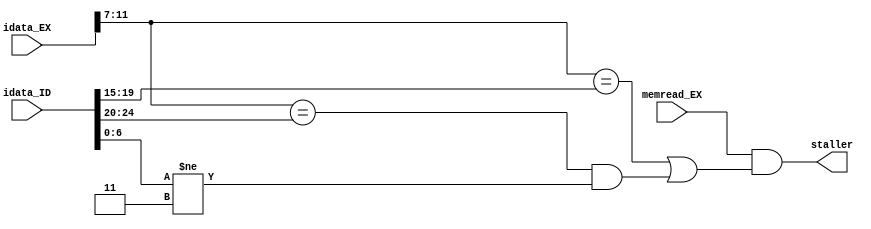
module staller(
    input memread_EX,
	 input [31:0] idata_EX,
    input [31:0] idata_ID,
    output staller
    );
	 

	assign staller = ( memread_EX && ((idata_EX[11:7] == idata_ID[19:15]) || ((idata_EX[11:7] == idata_ID[24:20]) && (idata_ID[6:0] != 7'b0000011))));

endmodule